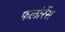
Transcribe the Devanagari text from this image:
फलोरेंस